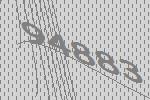
94883